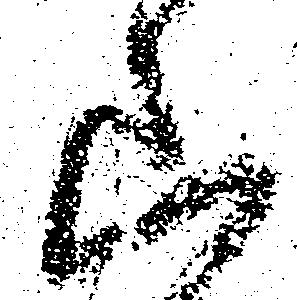
山